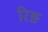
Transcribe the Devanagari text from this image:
रिङ